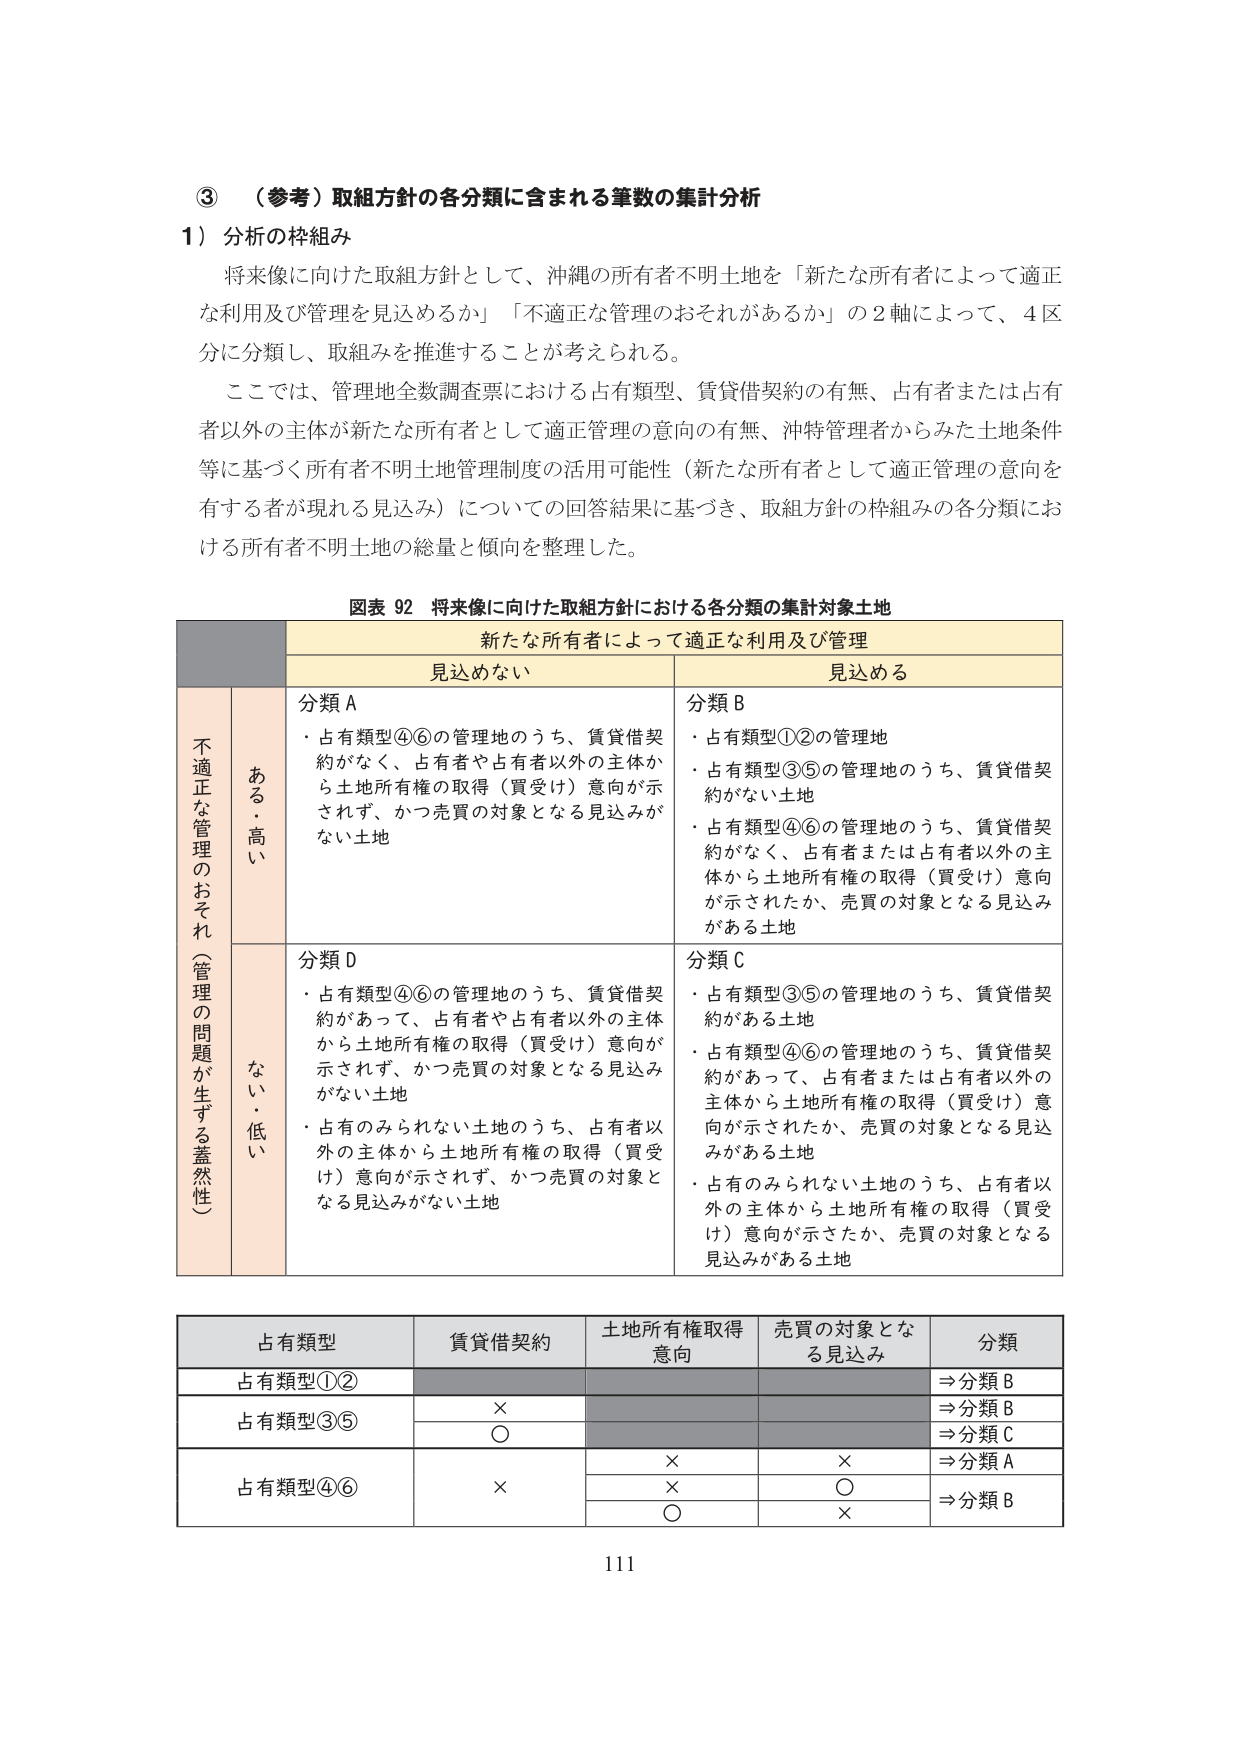
③（参考）取組方針の各分類に含まれる筆数の集計分析

1）分析の枠組み

将来像に向けた取組方針として、沖縄の所有者不明土地を「新たな所有者によって適正な利用及び管理を見込めるか」「不適正な管理のおそれがあるか」の2軸によって、4区分に分類し、取組みを推進することが考えられる。

ここでは、管理地全数調査票における占有類型、賃貸借契約の有無、占有者または占有者以外の主体が新たな所有者として適正管理の意向の有無、沖特管理者からみた土地条件等に基づく所有者不明土地管理制度の活用可能性（新たな所有者として適正管理の意向を有する者が現れる見込み）についての回答結果に基づき、取組方針の枠組みの各分類における所有者不明土地の総量と傾向を整理した。

図表 92 将来像に向けた取組方針における各分類の集計対象土地

新たな所有者によって適正な利用及び管理

見込めない